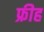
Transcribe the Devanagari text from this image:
फ्रीह